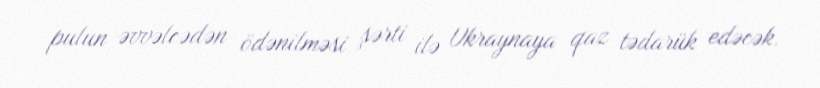
pulun əvvəlcədən ödənilməsi şərti ilə Ukraynaya qaz tədarük edəcək.